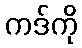
ကဒ်ကို